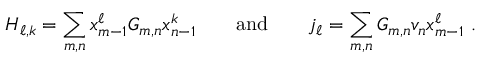
H _ { \ell , k } = \sum _ { m , n } x _ { m - 1 } ^ { \ell } G _ { m , n } x _ { n - 1 } ^ { k } \qquad \mathrm { a n d } \qquad j _ { \ell } = \sum _ { m , n } G _ { m , n } v _ { n } x _ { m - 1 } ^ { \ell } \ .